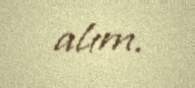
alım.